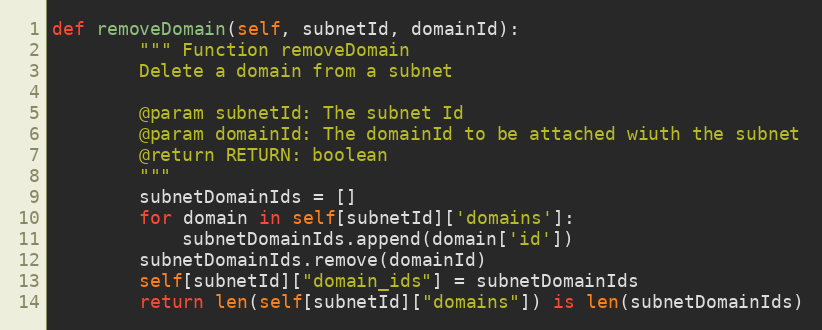
Language: Python
def removeDomain(self, subnetId, domainId):
        """ Function removeDomain
        Delete a domain from a subnet

        @param subnetId: The subnet Id
        @param domainId: The domainId to be attached wiuth the subnet
        @return RETURN: boolean
        """
        subnetDomainIds = []
        for domain in self[subnetId]['domains']:
            subnetDomainIds.append(domain['id'])
        subnetDomainIds.remove(domainId)
        self[subnetId]["domain_ids"] = subnetDomainIds
        return len(self[subnetId]["domains"]) is len(subnetDomainIds)